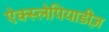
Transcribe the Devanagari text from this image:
ऐक्स्लेपियाडीज़